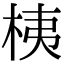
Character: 桋